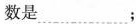
数是___；